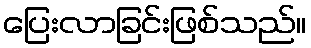
ပြေးလာခြင်းဖြစ်သည်။